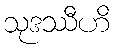
သုဒဿီဟိ